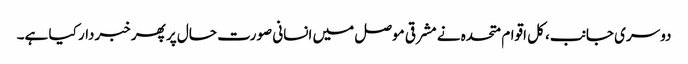
دوسری جانب، کل اقوام متحدہ نے مشرقی موصل میں انسانی صورت حال پر پھر خبردار کیا ہے۔